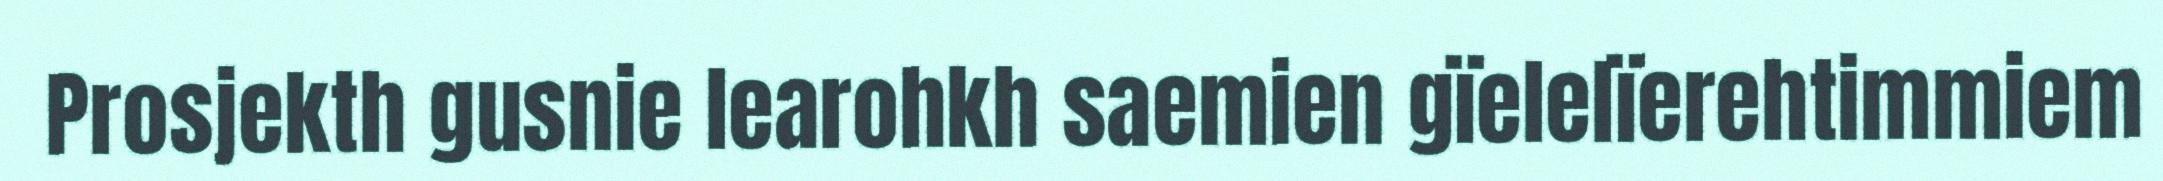
Prosjekth gusnie learohkh saemien gïelelïerehtimmiem